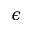
\epsilon